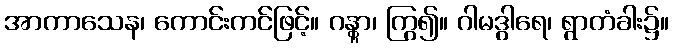
အာကာသေန၊ ကောင်းကင်ဖြင့်။ ဂန္တွာ၊ ကြွ၍။ ဂါမဒွါရေ၊ ရွာတံခါး၌။